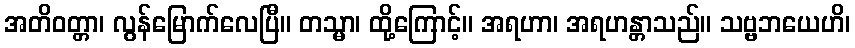
အတိဝတ္တာ၊ လွန်မြောက်လေပြီ။ တသ္မာ၊ ထို့ကြောင့်။ အရဟာ၊ အရဟန္တာသည်။ သဗ္ဗဘယေဟိ၊